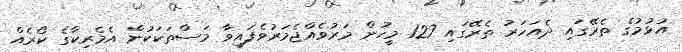
އުޅުމުގެ ތެރޭގައި ދެއަހަރު ތެރޭގައި 127 މީހުން މަރުވެއްޖެމަރުވެފައިވާ މަސްތަކަކުން އެމެރިކާގެ ކޯރެއް